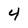
Character: 4